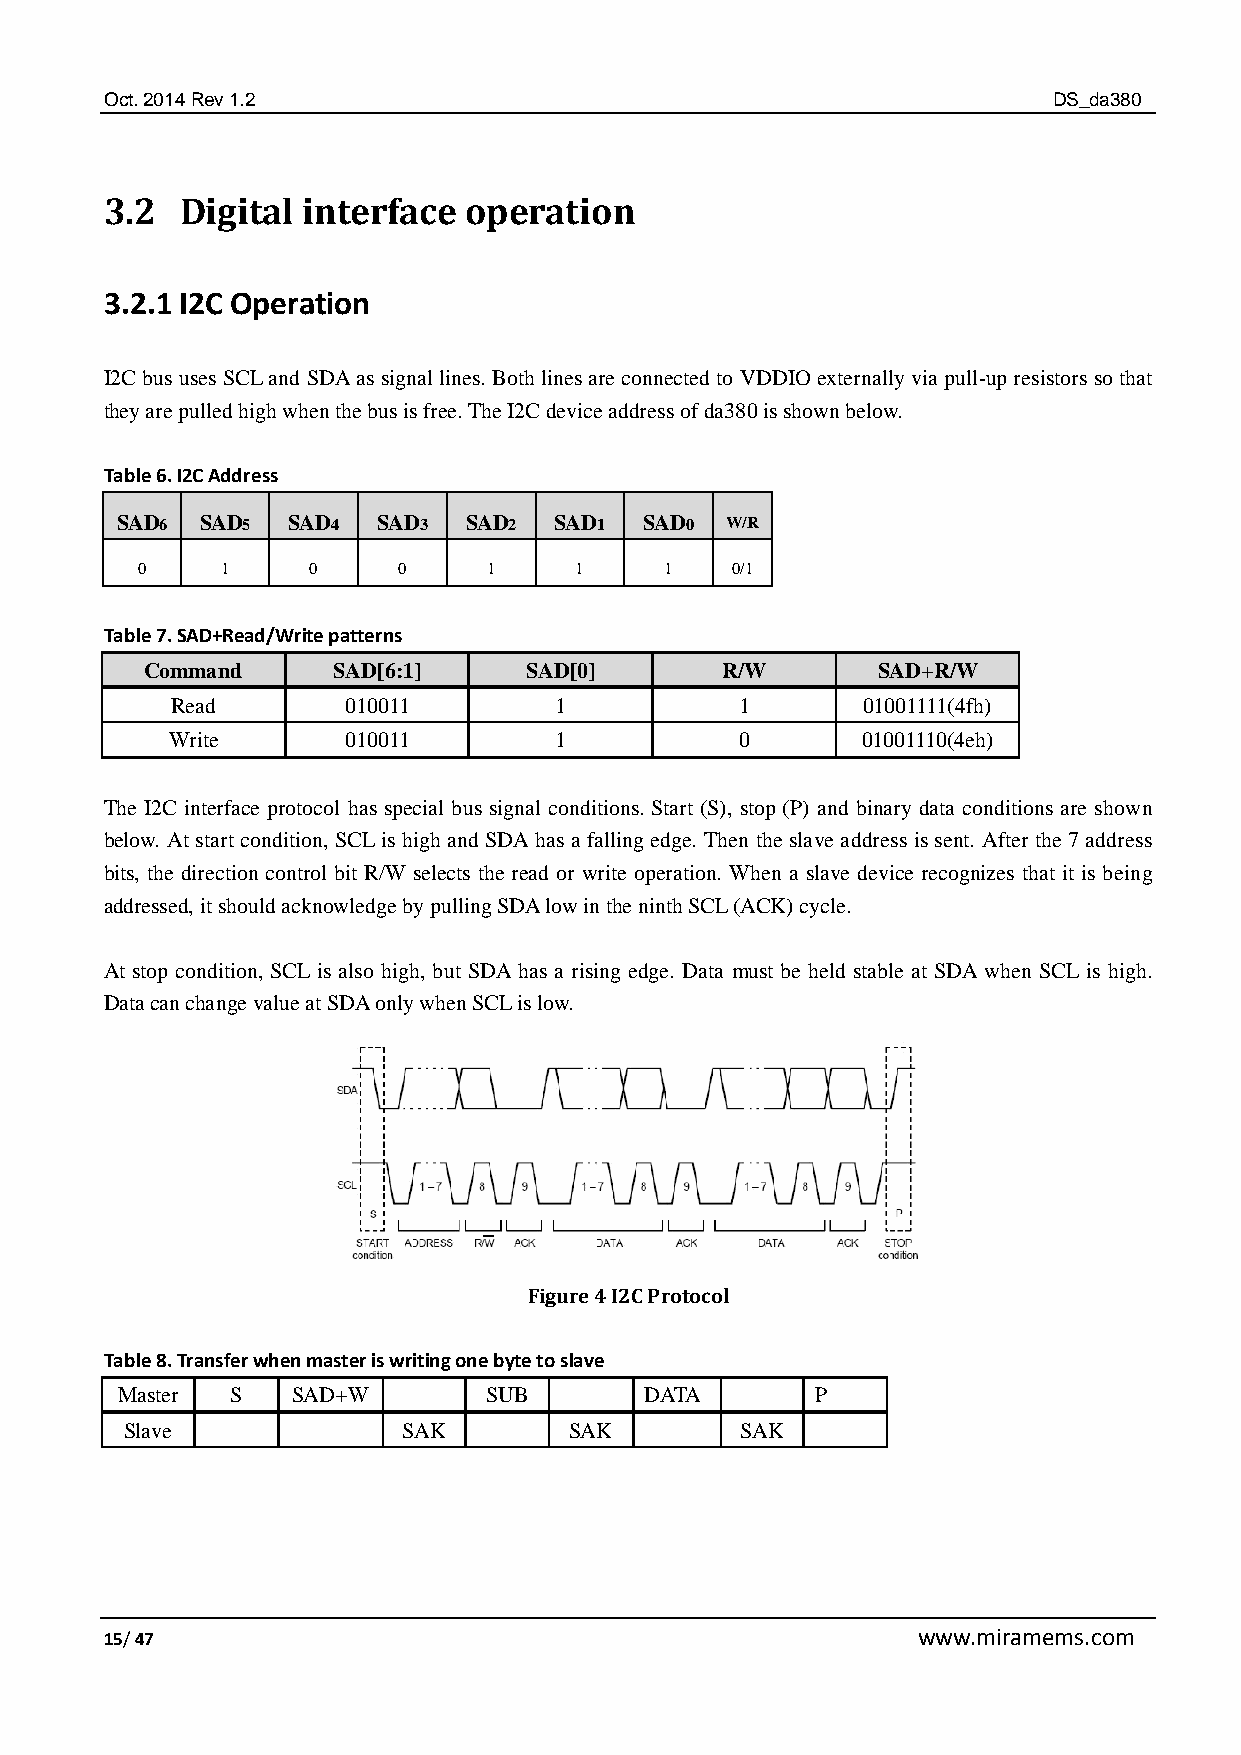
Oct. 2014 Rev 1.2                                              DS_da380
 3.2  Digital interface  operation
 3.2.1 I2C Operation
 I2C bus uses SCL and SDA as signal lines. Both lines are connected to VDDIO externally via pull-up resistors so that
 they are pulled high when the bus is free. The I2C device address of da380 is shown below.
 Table 6. I2C Address
 SAD6 SAD5  SAD4  SAD3  SAD2  SAD1  SAD0 W/R
 0     1    0     0     1     1     1   0/1
 Table 7. SAD+Read/Write patterns
 Command     SAD[6:1]     SAD[0]       R/W       SAD+R/W
 Read        010011        1           1       01001111(4fh)
 Write       010011        1           0       01001110(4eh)
 The I2C interface protocol has special bus signal conditions. Start (S), stop (P) and binary data conditions are shown
 below. At start condition, SCL is high and SDA has a falling edge. Then the slave address is sent. After the 7 address
 bits, the direction control bit R/W selects the read or write operation. When a slave device recognizes that it is being
 addressed, it should acknowledge by pulling SDA low in the ninth SCL (ACK) cycle.
 At stop condition, SCL is also high, but SDA has a rising edge. Data must be held stable at SDA when SCL is high.
 Data can change value at SDA only when SCL is low.
 Figure 4 I2C Protocol
 Table 8. Transfer when master is writing one byte to slave
 Master S   SAD+W        SUB        DATA       P
 Slave              SAK        SAK        SAK
 15/ 47                                                www.miramems.com